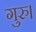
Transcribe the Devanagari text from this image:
गुरु।